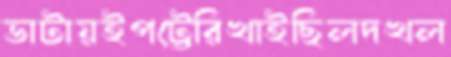
ভাটায়ইপট্টেরিখাইছিলদখল